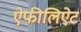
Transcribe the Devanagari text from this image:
ऐफीलिऐट